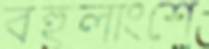
বহুলাংশে